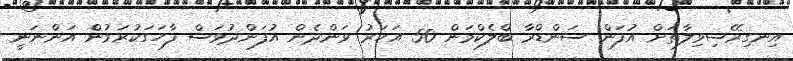
އިނގިރޭސިވިލާތަށް އުފަން ސަންޑްރާ ބްލެކްމަން 50 އަހަރު ވަންދެން އުފަންދުވަސް ފާހަގަކުރަމުން އަންނަނީ